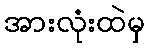
အားလုံးထဲမှ